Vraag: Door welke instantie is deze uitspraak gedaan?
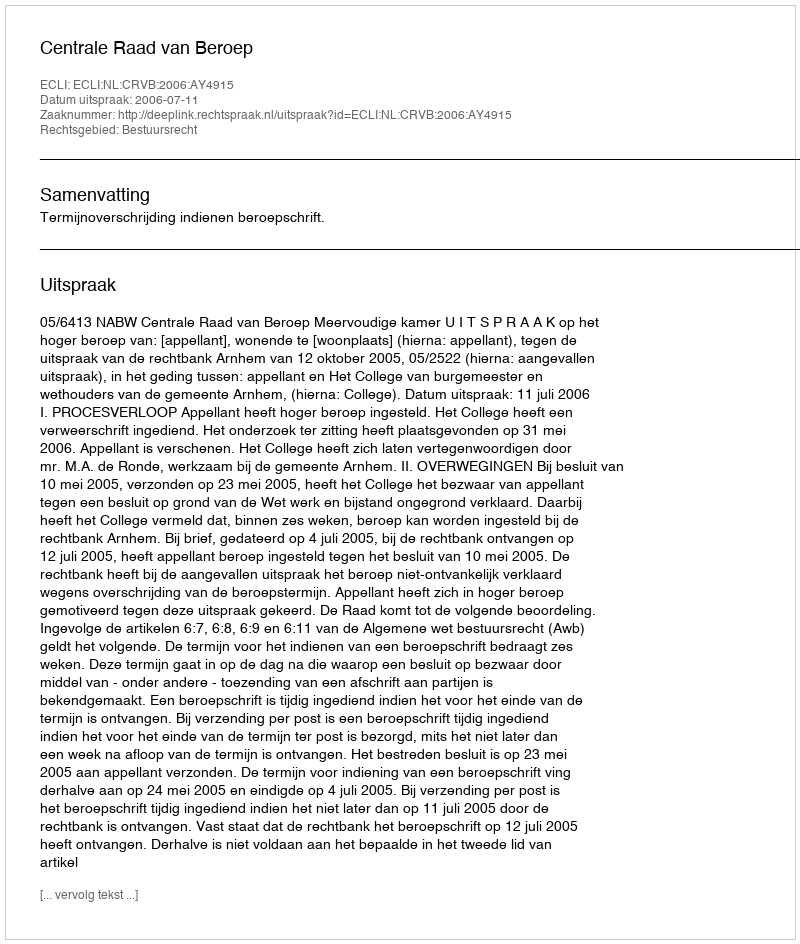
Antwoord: Centrale Raad van Beroep